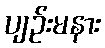
ပျဉ်းမနား